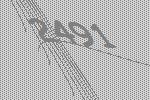
2491